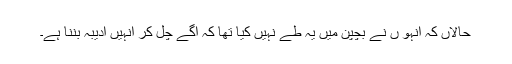
حالاں کہ انہو ں نے بچپن میں یہ طے نہیں کیا تھا کہ آگے چل کر انہیں ادیبہ بننا ہے۔